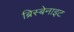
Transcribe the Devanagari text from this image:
ब्रिस्बेनाइट